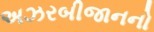
અઝરબીજાનનો